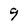
Character: 9